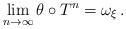
LaTeX: \begin{align*}\lim_{n\to\infty} \theta \circ T^n = \omega_\xi\,.\end{align*}